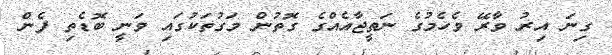
ގިނަ އިރު ވާރޭ ވެހެމުގެ ނަތީޖާއެއްގެ ގޮތުން މަގުތަކުގައި ވަނީ ބޮޑެތި ފެން